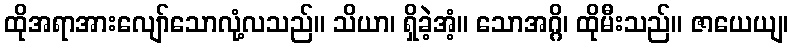
ထိုအရာအားလျော်သောလုံ့လသည်။ သိယာ၊ ရှိခဲ့အံ့။ သောအဂ္ဂိ၊ ထိုမီးသည်။ ဇာယေယျ၊